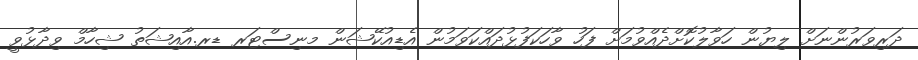
ދަރިވަރުންނަށް ލިޔުން ހަވާލުކޮށްދެއްވުމަށް ފަހު ވާހަކަފުޅުދައްކަވަމުން އެޑިއުކޭޝަން މނިސްޓަރ ޑރ.އާއިޝަތު ޝިހާމް ވިދާޅުވީ